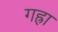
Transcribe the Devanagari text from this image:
गह्रा